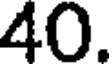
40.